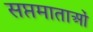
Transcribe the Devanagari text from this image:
सप्तमाताओं